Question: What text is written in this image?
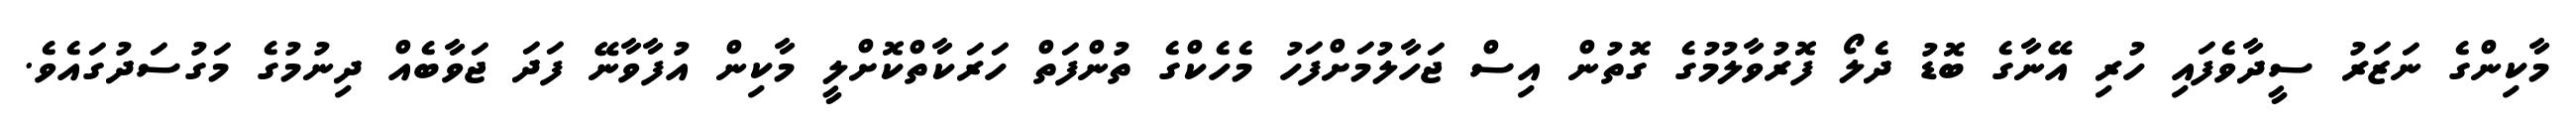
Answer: މާކިންގެ ނަޒަރު ސީދާވެފައި ހުރި އޭނާގެ ބޮޑު ދެލޯ ފޮރުވާލުމުގެ ގޮތުން އިސް ޖަހާލުމަށްފަހު މެހެކްގެ ތުންފަތް ހަރަކާތްކޮށްލީ މާކިން އުފާވާނޭ ފަދަ ޖަވާބެއް ދިނުމުގެ މަގުސަދުގައެވެ.